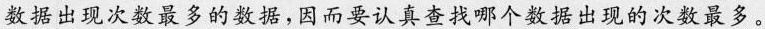
数据出现次数最多的数据，因而要认真查找哪个数据出现的次数最多。